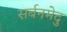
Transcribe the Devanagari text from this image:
सर्बनमेदु